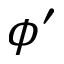
\phi ^ { \prime }